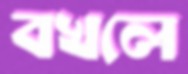
বখলে